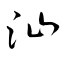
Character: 汕